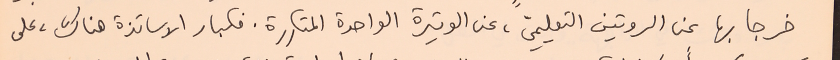
خرجا بها عن الروتين التعليميّ، عن الوتيرة الواحدة المتكررة. فكبار الاساتذة هناك، على